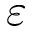
\varepsilon